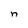
Character: n